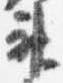
神